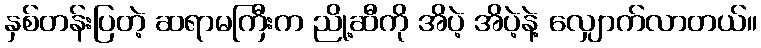
နှစ်တန်းပြတဲ့ ဆရာမကြီးက ညို့ဆီကို အိပဲ့ အိပဲ့နဲ့ လျှောက်လာတယ်။